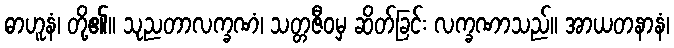
ဓာဟူနံ၊ တို့၏။ သုညတာလက္ခဏံ၊ သတ္တဇီဝမှ ဆိတ်ခြင်း လက္ခဏာသည်။ အာယတနာနံ၊